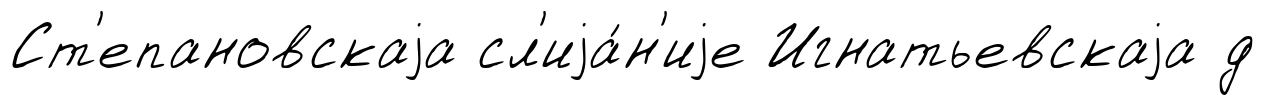
Ст'епановскаjа сл'иjа́н'иjе Игнатьевскаjа д